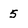
Character: 5